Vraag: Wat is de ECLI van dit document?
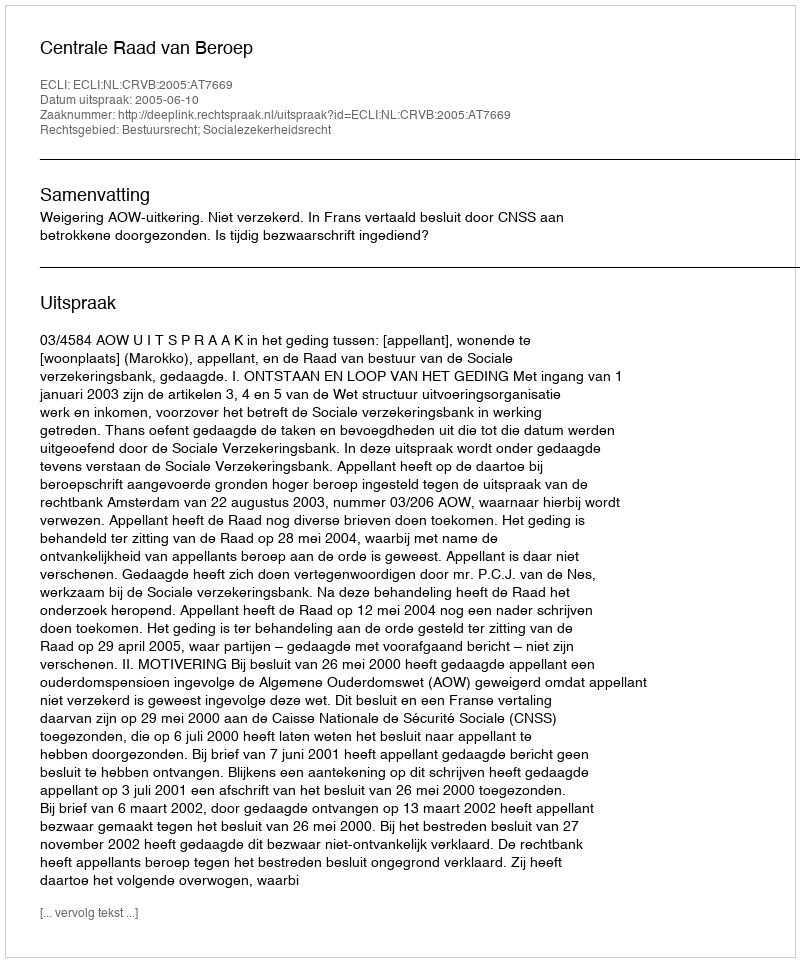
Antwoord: ECLI:NL:CRVB:2005:AT7669